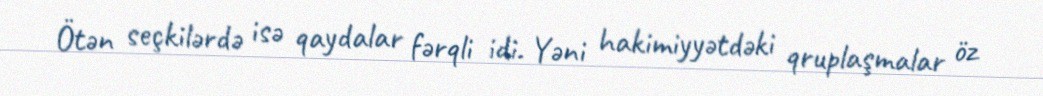
Ötən seçkilərdə isə qaydalar fərqli idi. Yəni hakimiyyətdəki qruplaşmalar öz